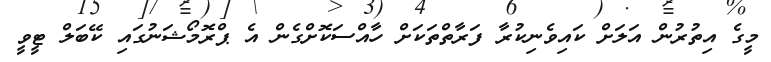
މީގެ އިތުރުން އަލަށް ކައިވެނިކުރާ ފަރާތްތަކަށް ހާއްސަކޮށްގެން އެ ޕްރޮމޯޝަނުގައި ކޭބަލް ޓީވީ